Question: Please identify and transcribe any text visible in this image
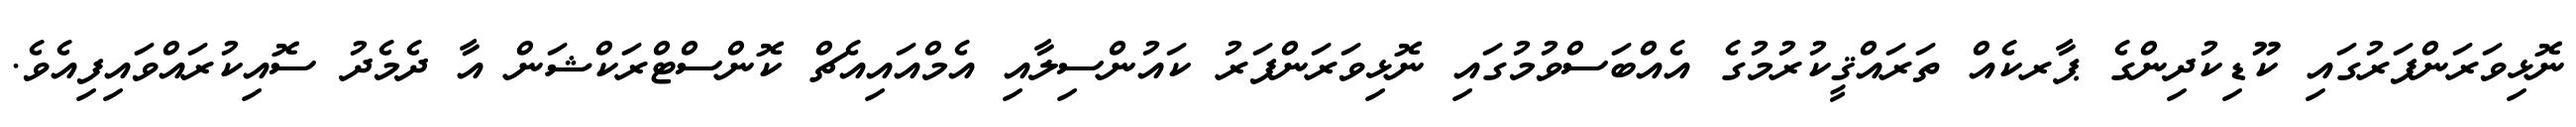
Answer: ނޮޅިވަރަންފަރުގައި ކޫޑިކުދިންގެ ޕާރކެއް ތަރައްޤީކުރުމުގެ އެއްބަސްވުމުގައި ނޮޅިވަރަންފަރު ކައުންސިލާއި އެމްއައިއެޗް ކޮންސްޓްރަކްޝަން އާ ދެމެދު ސޮއިކުރައްވައިފިއެވެ.